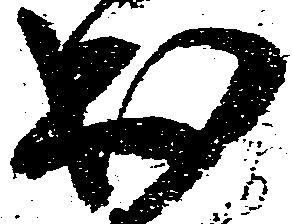
出